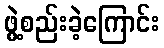
ဖွဲ့စည်းခဲ့ကြောင်း